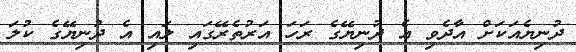
ދުނިޔެއަކަށް އާދެވި އެ ދުނިޔޭގެ ރަހަ އަރުތެރޭގައި ލައި އެ ދުނިޔޭގެ ކުލަ